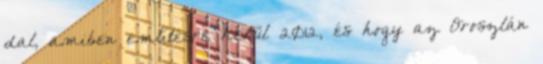
dal, amiben említésre kerül 2012, és hogy az Oroszlán